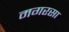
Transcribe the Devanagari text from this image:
मगरसा